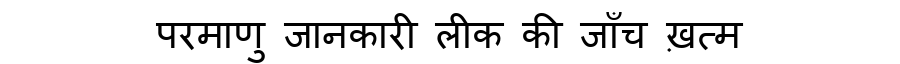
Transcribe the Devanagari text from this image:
परमाणु जानकारी लीक की जाँच ख़त्म